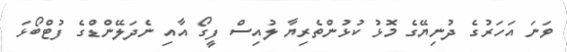
ވަނަ އަހަރުގެ ދުނިޔޭގެ މޮޅު ކުޅުންތެރިޔާ ލުއިސް ފީގޯ އާއި ނެދަލޭންޑްގެ ފުޓްބޯޅަ